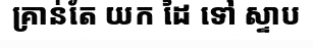
គ្រាន់តែ យក ដៃ ទៅ ស្ទាប